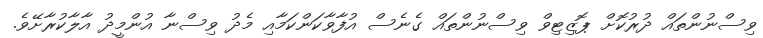
ވިސްނުންތައް ދުރުކޮށް ޕޮޒިޓިވް ވިސްނުންތައް ގެނެސް އުފާވާކަންކަމާއި މެދު ވިސްނާ އުންމީދު އާލާކުރާށޭވެ.